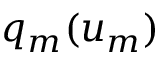
q _ { m } ( u _ { m } )